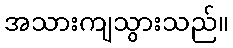
အသားကျသွားသည်။